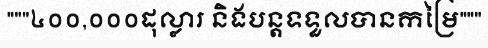
"""៤០០,០០០ដុល្លារ និងបន្តទទួលបានកម្រៃ"""